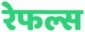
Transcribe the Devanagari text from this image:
रेफल्स